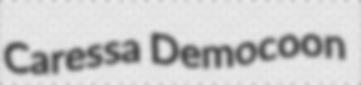
Caressa Democoon